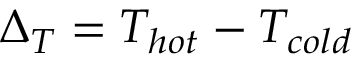
\Delta _ { T } = T _ { h o t } - T _ { c o l d }